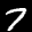
Label: 7